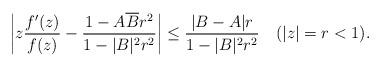
LaTeX: \begin{align*} \left|z\frac{f'(z)}{f(z)}-\frac{1-A \overline{B} r^2}{1-|B|^2 r^2}\right| \leq \frac{|B-A|r}{1-|B|^2 r^2}\quad(|z|=r<1). \end{align*}